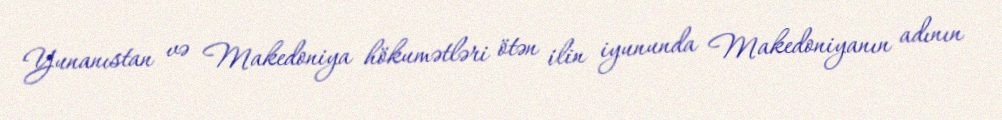
Yunanıstan və Makedoniya hökumətləri ötən ilin iyununda Makedoniyanın adının